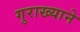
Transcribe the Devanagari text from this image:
गुराख्याने